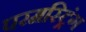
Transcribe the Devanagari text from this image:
परमस्ट्रिंग